Indian journal of veterinary science and animal husbandry - Volumes 18-21, 1948-1951
Year: 1948
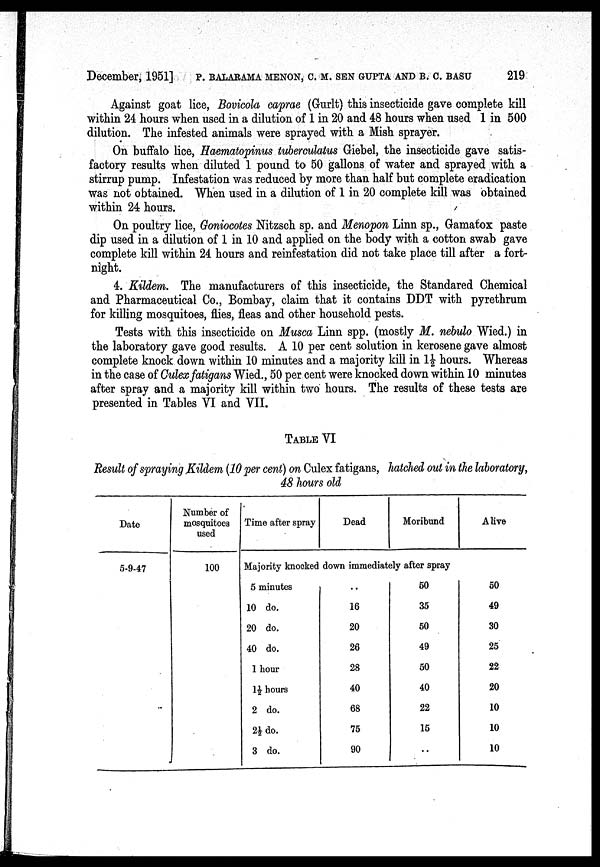
December, 1951] P. BALARAMA MENON, C. M. SEN GUPTA AND B. C. BASU 219
Against goat lice, Bovicola caprae (Gurlt) this insecticide gave complete kill
within 24 hours when used in a dilution of 1 in 20 and 48 hours when used 1 in 500
dilution. The infested animals were sprayed with a Mish sprayer.
On buffalo lice, Haematopinus tuberculatus Giebel, the insecticide gave satis-
factory results when diluted 1 pound to 50 gallons of water and sprayed with a
stirrup pump. Infestation was reduced by more than half but complete eradication
was not obtained. When used in a dilution of 1 in 20 complete kill was obtained
within 24 hours.
On poultry lice, Goniocotes Nitzsch sp. and Menopon Linn sp., Gamatox paste
dip used in a dilution of 1 in 10 and applied on the body with a cotton swab gave
complete kill within 24 hours and reinfestation did not take place till after a fort-
night.
4. Kildem. The manufacturers of this insecticide, the Standared Chemical
and Pharmaceutical Co., Bombay, claim that it contains DDT with pyrethrum
for killing mosquitoes, flies, fleas and other household pests.
Tests with this insecticide on Musca Linn spp. (mostly M. nebulo Wied.) in
the laboratory gave good results. A 10 per cent solution in kerosene gave almost
complete knock down within 10 minutes and a majority kill in 1½ hours. Whereas
in the case of Culex fatigans Wied., 50 per cent were knocked down within 10 minutes
after spray and a majority kill within two hours. The results of these tests are
presented in Tables VI and VII.
TABLE VI
Result of spraying Kildem (10 per cent) on Culex fatigans, hatched out in the laboratory,
48 hours old
Date
5-9-47
Number of
mosquitoes
used
100
Time after spray
Dead
Moribund
Alive
Majority knocked down immediately after spray
5 minutes
10 do.
20 do.
40 do.
1 hour
1½ hours
2 do.
2½ do.
3 do.
. .
16
20
26
28
40
68
75
90
50
35
50
49
50
40
22
15
. .
50
49
30
25
22
20
10
10
10